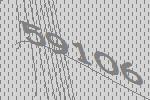
59106